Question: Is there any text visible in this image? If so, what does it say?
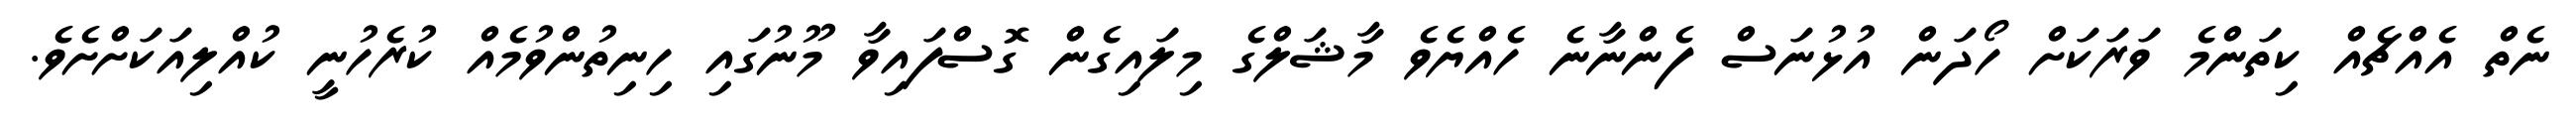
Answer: ނެތް އެއްޗެއް ކިތަންމެ ވަރަކަށް ހޯދަން އުޅުނަސް ފެންނާނެ ހެއްޔެވެ މާޝަލްގެ މިލައިގެން ގޮސްފައިވާ މޫނުގައި ހިނިތުންވުމެއް ކުރެހުނީ ކުއްލިއަކަށްށެވެ.